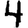
Digit: 4